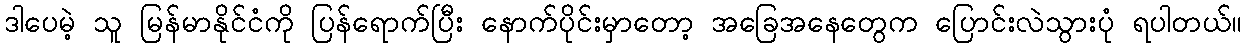
ဒါပေမဲ့ သူ မြန်မာနိုင်ငံကို ပြန်ရောက်ပြီး နောက်ပိုင်းမှာတော့ အခြေအနေတွေက ပြောင်းလဲသွားပုံ ရပါတယ်။